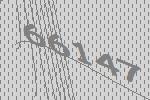
66147